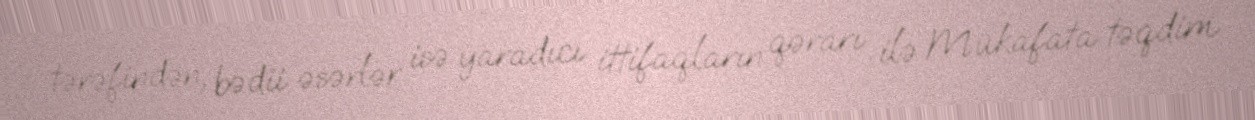
tərəfindən, bədii əsərlər isə yaradıcı ittifaqların qərarı ilə Mükafata təqdim